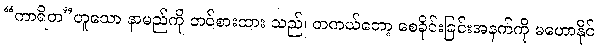
“ကာရိတ”ဟူသော နာမည်ကို တင်စားထား သည်၊ တကယ်တော့ စေခိုင်းခြင်းအနက်ကို မဟောနိုင်